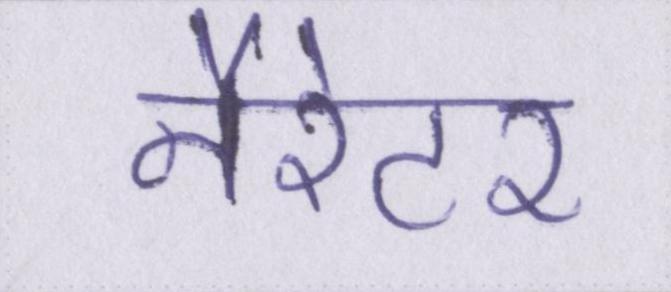
नैरेटर